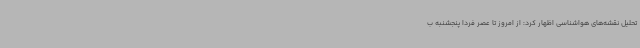
تحلیل نقشه‌های هواشناسی اظهار کرد: از امروز تا عصر فردا پنجشنبه ب